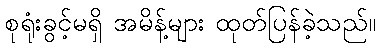
စုရုံးခွင့်မရှိ အမိန့်များ ထုတ်ပြန်ခဲ့သည်။